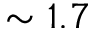
\sim 1 . 7